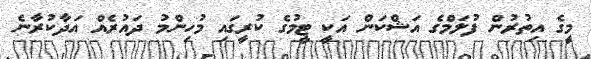
މީގެ އިތުރުން ފުލަމްގެ އަޝްކަން އަކީ ޓީމުގެ ކުރީގައި މުހިންމު ދައުރެއް އަދާކުރާނެ